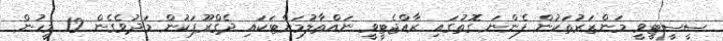
ސީސީޓީވީ މަންޒަރުތަކުން ފެންނަ ގޮތުގައި ރާއްޖެޓީވީ ނައްތާލުމަށްޓަކައި ދެގްރޫޕަކުން މަދުވެގެން 12 މީހުން